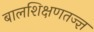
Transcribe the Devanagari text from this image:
बालशिक्षणतज्ज्ञ